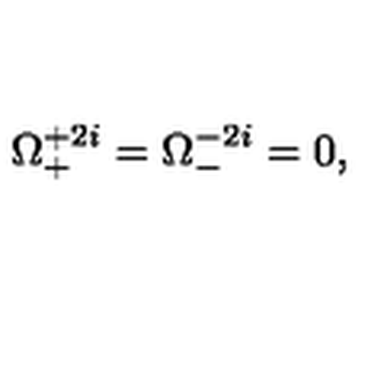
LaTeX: \Omega _ { + } ^ { + 2 i } = \Omega _ { - } ^ { - 2 i } = 0 ,